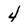
Character: 4